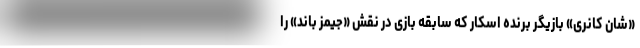
«شان کانری» بازیگر برنده اسکار که سابقه بازی در نقش «جیمز باند» را